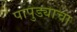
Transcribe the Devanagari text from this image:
पापुड्याचा